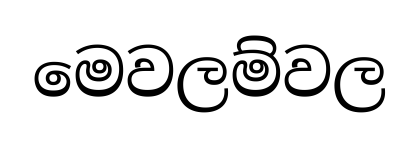
මෙවලම්වල